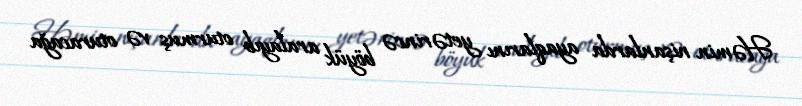
Həmin nişanlarda ayaqlarını yetərincə böyük aralayıb oturmuş və oturacağa